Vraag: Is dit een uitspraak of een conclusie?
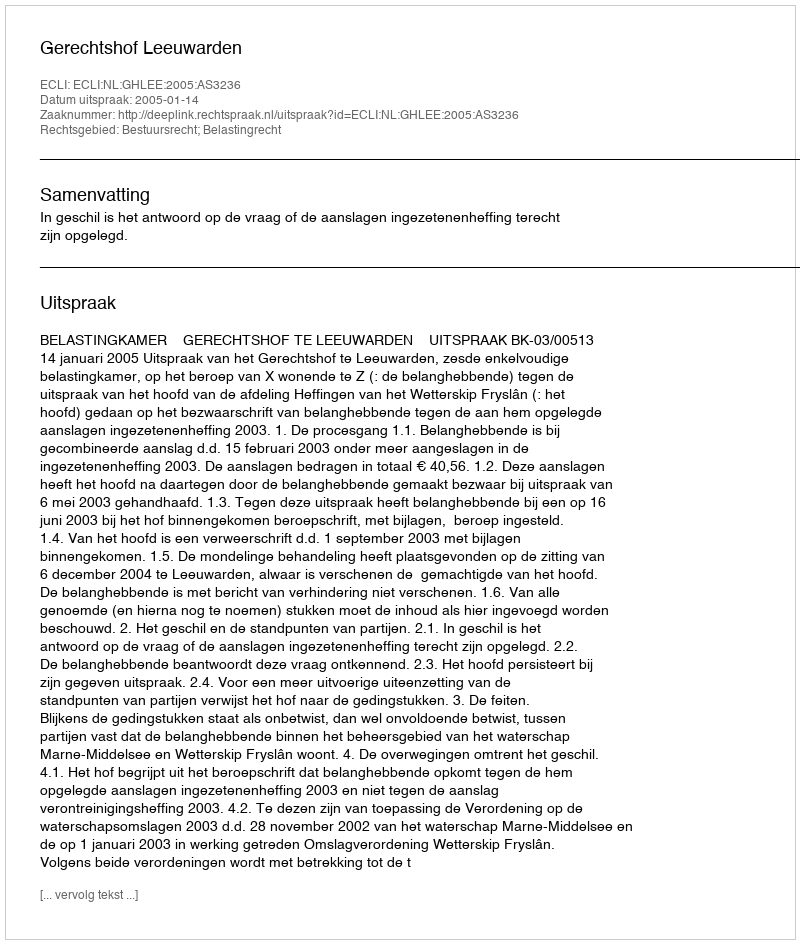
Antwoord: Uitspraak